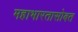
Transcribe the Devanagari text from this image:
महाभारतासोबत